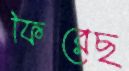
ফিরেছ